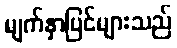
မျက်နှာပြင်များသည်